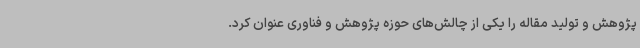
پژوهش و تولید مقاله را یکی از چالش‌های حوزه پژوهش و فناوری عنوان کرد.